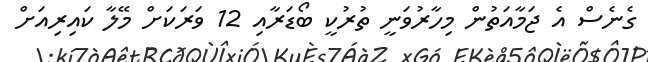
ގެނެސް އެ ޖަމާއަތުން މިހާރުވަނީ ތުރުކީ ބޯޑަރާއި 12 ވަރަކަށް މޭލާ ކައިރިއަށް